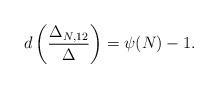
LaTeX: \begin{align*} d\left(\frac{\Delta_{N,12}}{\Delta} \right)=\psi(N)-1.\end{align*}